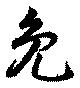
免